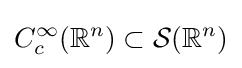
C_{c}^{\infty }(\mathbb {R} ^{n})\subset {\mathcal {S}}(\mathbb {R} ^{n})